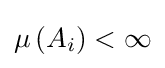
\mu \left(A_{i}\right)<\infty